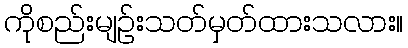
ကိုစည်းမျဉ်းသတ်မှတ်ထားသလား။